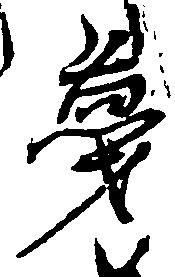
蔑